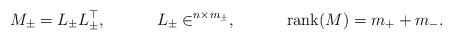
LaTeX: \begin{align*} M_{\pm} &= L_{\pm} L^{\top}_{\pm}, & L_{\pm} &\in \real^{n \times m_{\pm}}, & \mathrm{rank}(M) = m_+ + m_-.\end{align*}